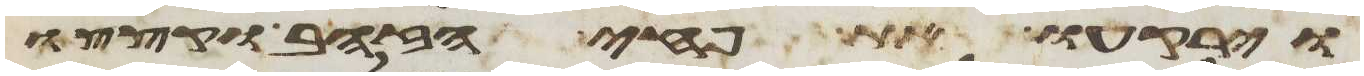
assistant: וירקעו את פחי הזהב וקצצו